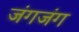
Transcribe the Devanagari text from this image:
जंगजंग